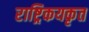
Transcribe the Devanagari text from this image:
राष्ट्रिकयकृत